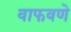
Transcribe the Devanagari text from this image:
वाफवणे